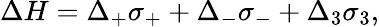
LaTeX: \Delta H=\Delta_{+}\sigma_{+}+\Delta_{-}\sigma_{-}+\Delta_{3}\sigma_{3},